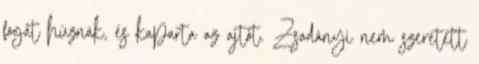
fogát húznák, és kaparta az ajtót. Zsadányi nem szeretett